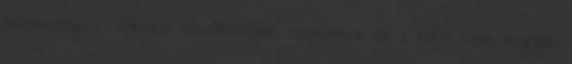
háromszögre. Sokszor unatkoztam, számomra ez a kötet nem nagyon